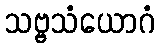
သဗ္ဗသံယောဂံ